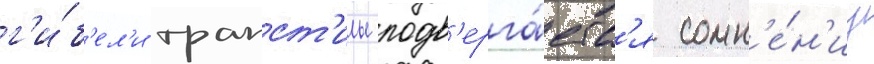
г'и́б'ел'и трапст'илы подв'ерга́етс'я сомн'е́н'иу